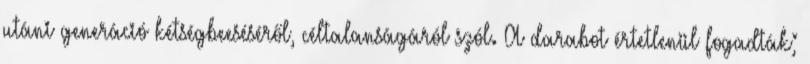
utáni generáció kétségbeeséséről, céltalanságáról szól. A darabot értetlenül fogadták;